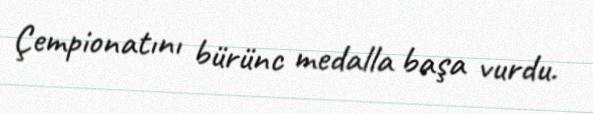
Çempionatını bürünc medalla başa vurdu.